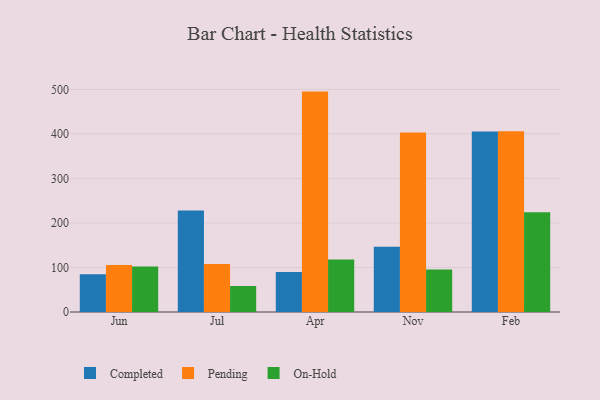
{"axis": {"x": "Month", "y": "Backlog"}, "legend": ["Completed", "On-Hold", "Pending"], "data": [{"x": "Jun", "y": 84.8, "type": "Completed"}, {"x": "Jun", "y": 105.8, "type": "Pending"}, {"x": "Jun", "y": 102.2, "type": "On-Hold"}, {"x": "Jul", "y": 228.0, "type": "Completed"}, {"x": "Jul", "y": 107.8, "type": "Pending"}, {"x": "Jul", "y": 58.4, "type": "On-Hold"}, {"x": "Apr", "y": 90.0, "type": "Completed"}, {"x": "Apr", "y": 495.1, "type": "Pending"}, {"x": "Apr", "y": 118.1, "type": "On-Hold"}, {"x": "Nov", "y": 146.8, "type": "Completed"}, {"x": "Nov", "y": 403.3, "type": "Pending"}, {"x": "Nov", "y": 95.6, "type": "On-Hold"}, {"x": "Feb", "y": 405.5, "type": "Completed"}, {"x": "Feb", "y": 406.0, "type": "Pending"}, {"x": "Feb", "y": 224.2, "type": "On-Hold"}]}